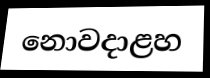
නොවදාළහ